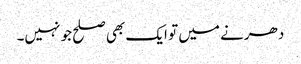
دھرنے میں تو ایک بھی صلح جو نہیں۔